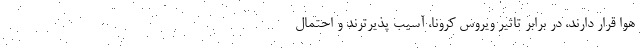
هوا قرار دارند، در برابر تاثیر ویروس کرونا، آسیب پذیرترند و احتمال